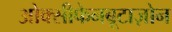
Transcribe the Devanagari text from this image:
ओक्सीफेनबूटाज़ोन